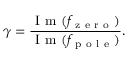
\gamma = \frac { \mathrm { ~ I ~ m ~ } ( f _ { \mathrm { ~ z ~ e ~ r ~ o ~ } } ) } { \mathrm { ~ I ~ m ~ } ( f _ { \mathrm { ~ p ~ o ~ l ~ e ~ } } ) } .